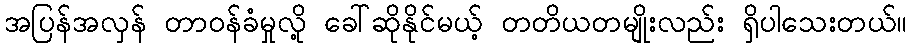
အပြန်အလှန် တာဝန်ခံမှုလို့ ခေါ်ဆိုနိုင်မယ့် တတိယတမျိုးလည်း ရှိပါသေးတယ်။